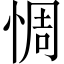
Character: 惆